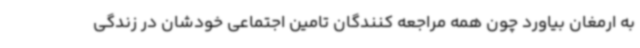
به ارمغان بیاورد چون همه مراجعه کنندگان تامین اجتماعی خودشان در زندگی